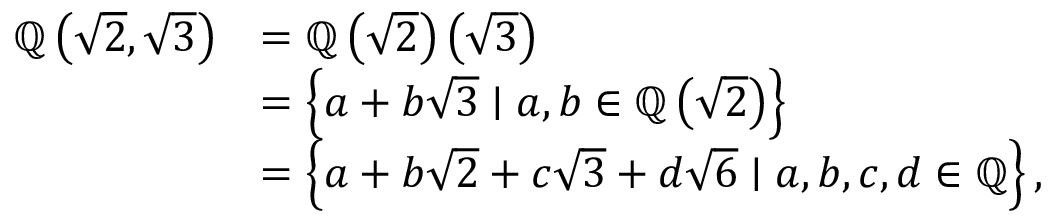
{ \begin{array} { r l } { \mathbb { Q } \left( { \sqrt { 2 } } , { \sqrt { 3 } } \right) } & { = \mathbb { Q } \left( { \sqrt { 2 } } \right) \left( { \sqrt { 3 } } \right) } \\ & { = \left\{ a + b { \sqrt { 3 } } \mid a , b \in \mathbb { Q } \left( { \sqrt { 2 } } \right) \right\} } \\ & { = \left\{ a + b { \sqrt { 2 } } + c { \sqrt { 3 } } + d { \sqrt { 6 } } \mid a , b , c , d \in \mathbb { Q } \right\} , } \end{array} }